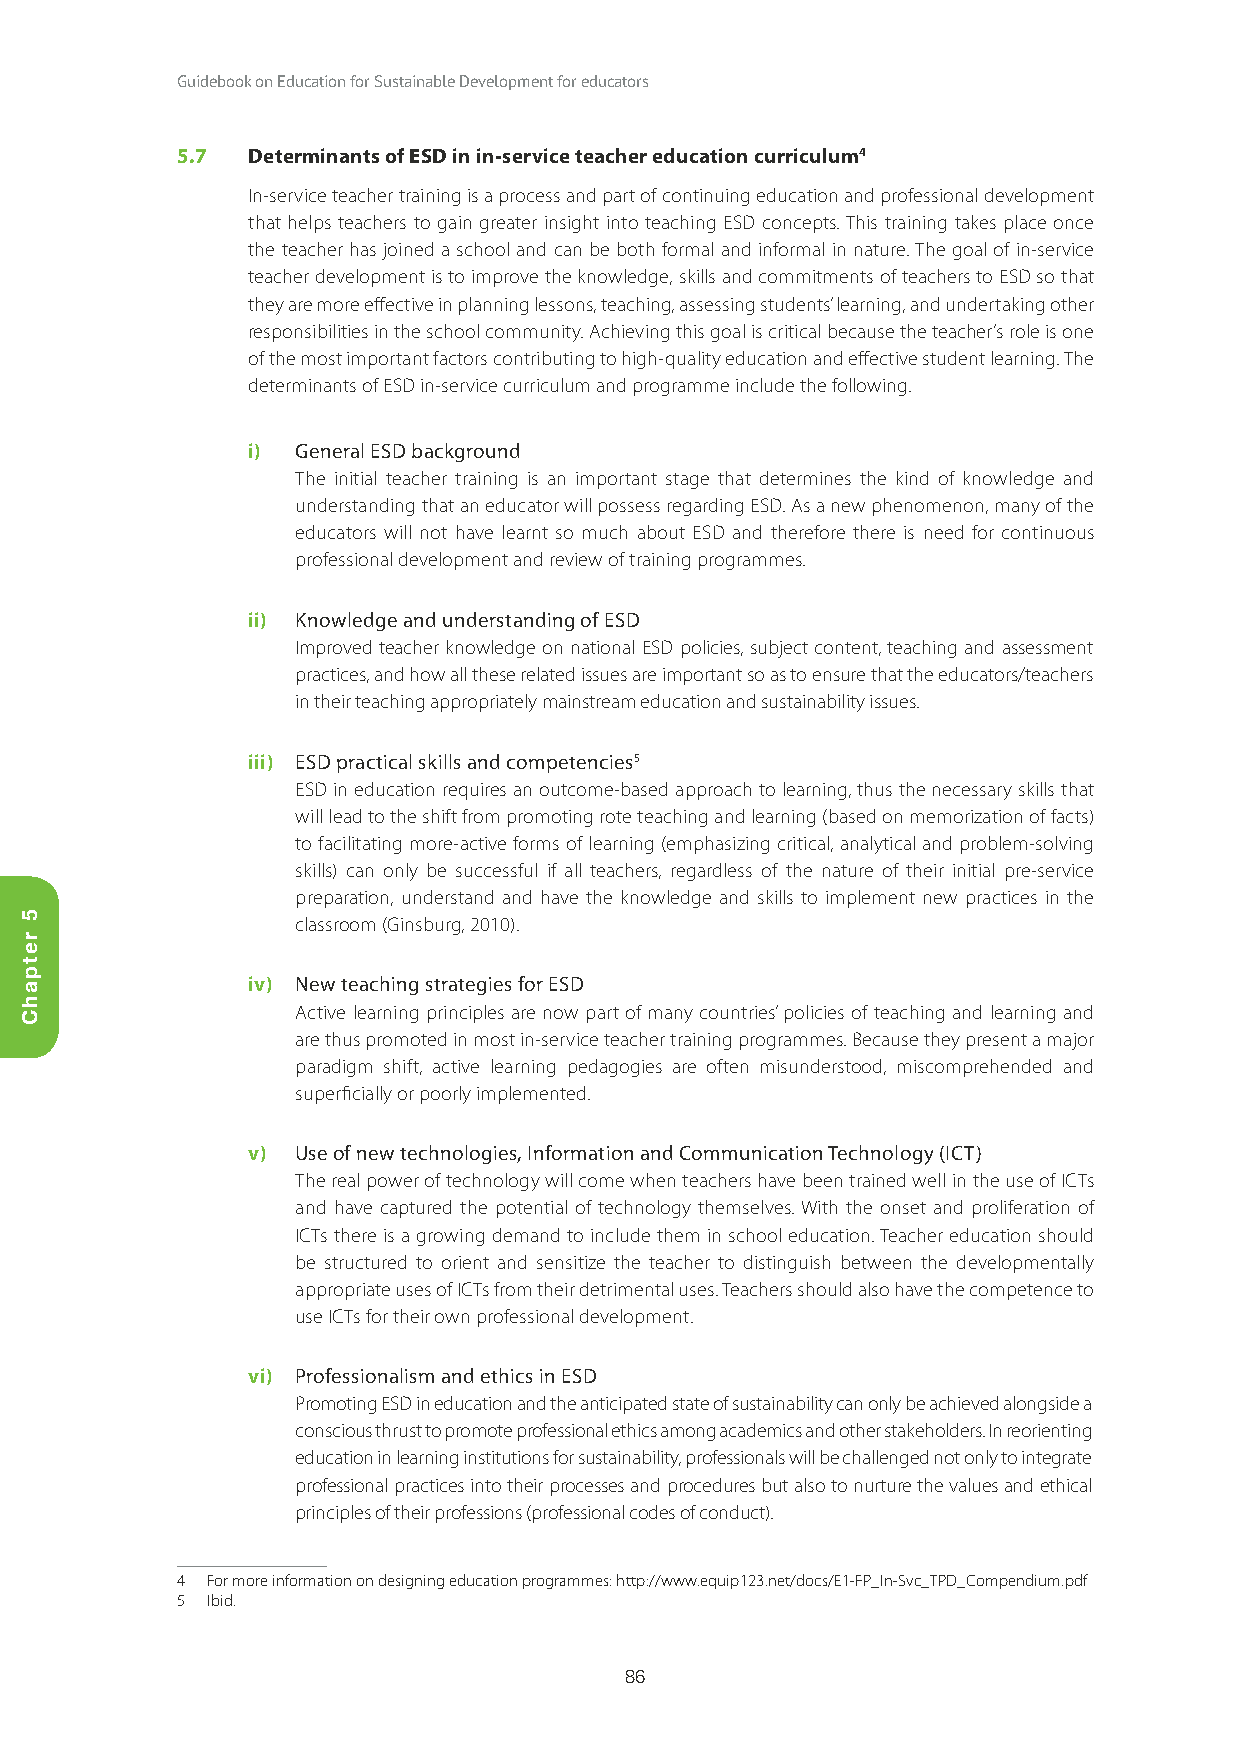
Guidebook on Education for Sustainable Development for educators
 5.7 Determinants of ESD in in-service teacher education curriculum4
 In-service teacher training is a process and part of continuing education and professional development
 that helps teachers to gain greater insight into teaching ESD concepts. This training takes place once
 the teacher has joined a school and can be both formal and informal in nature. The goal of in-service
 teacher development is to improve the knowledge, skills and commitments of teachers to ESD so that
 they are more effective in planning lessons, teaching, assessing students’ learning, and undertaking other
 responsibilities in the school community. Achieving this goal is critical because the teacher’s role is one
 of the most important factors contributing to high-quality education and effective student learning. The
 determinants of ESD in-service curriculum and programme include the following.
 i)  General ESD background
 The initial teacher training is an important stage that determines the kind of knowledge and
 understanding that an educator will possess regarding ESD. As a new phenomenon, many of the
 educators will not have learnt so much about ESD and therefore there is need for continuous
 professional development and review of training programmes.
 ii) Knowledge and understanding of ESD
 Improved teacher knowledge on national ESD policies, subject content, teaching and assessment
 practices, and how all these related issues are important so as to ensure that the educators/teachers
 in their teaching appropriately mainstream education and sustainability issues.
 iii) ESD practical skills and competencies5
 ESD in education requires an outcome-based approach to learning, thus the necessary skills that
 will lead to the shift from promoting rote teaching and learning (based on memorization of facts)
 to facilitating more-active forms of learning (emphasizing critical, analytical and problem-solving
 skills) can only be successful if all teachers, regardless of the nature of their initial pre-service
 preparation, understand and have the knowledge and skills to implement new practices in the
 classroom (Ginsburg, 2010).
 iv) New teaching strategies for ESD
 Active learning principles are now part of many countries’ policies of teaching and learning and
 are thus promoted in most in-service teacher training programmes. Because they present a major
 paradigm shift, active learning pedagogies are often misunderstood, miscomprehended and
 superficially or poorly implemented.
 v)  Use of new technologies, Information and Communication Technology (ICT)
 The real power of technology will come when teachers have been trained well in the use of ICTs
 and have captured the potential of technology themselves. With the onset and proliferation of
 ICTs there is a growing demand to include them in school education. Teacher education should
 be structured to orient and sensitize the teacher to distinguish between the developmentally
 appropriate uses of ICTs from their detrimental uses. Teachers should also have the competence to
 use ICTs for their own professional development.
 vi) Professionalism and ethics in ESD
 Promoting ESD in education and the anticipated state of sustainability can only be achieved alongside a
 conscious thrust to promote professional ethics among academics and other stakeholders. In reorienting
 education in learning institutions for sustainability, professionals will be challenged not only to integrate
 professional practices into their processes and procedures but also to nurture the values and ethical
 principles of their professions (professional codes of conduct).
 4 For more information on designing education programmes: http://www.equip123.net/docs/E1-FP_In-Svc_TPD_Compendium.pdf
 5 Ibid.
 86
 5
 retpahC